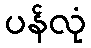
ပန်လုံ